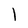
Character: l